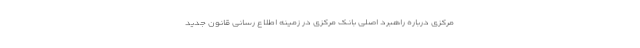
مرکزی درباره راهبرد اصلی بانک مرکزی در زمینه اطلاع رسانی قانون جدید